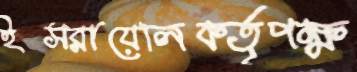
ইসরায়েলিকর্তৃপক্ষ